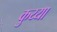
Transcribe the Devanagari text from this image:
कुय्या